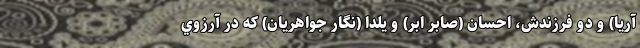
آريا) و دو فرزندش، احسان (صابر ابر) و يلدا (نگار جواهريان) که در آرزوي